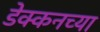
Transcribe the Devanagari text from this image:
डेक्कनच्या